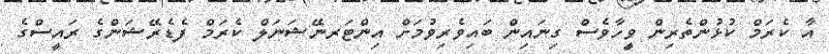
އާ ކެރަމް ކުޅުންތެރިން ވީހާވެސް ގިނައިން ބައިވެރިވުމަށް އިންޓަރނޭޝަނަލް ކެރަމް ފެޑެރޭޝަންގެ ރައީސްގެ